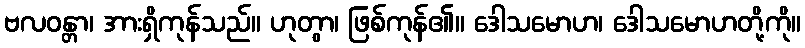
ဗလဝန္တာ၊ အားရှိကုန်သည်။ ဟုတွာ၊ ဖြစ်ကုန်၏။ ဒေါသမောဟ၊ ဒေါသမောဟတို့ကို။